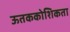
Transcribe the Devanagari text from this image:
ऊतककोशिकता